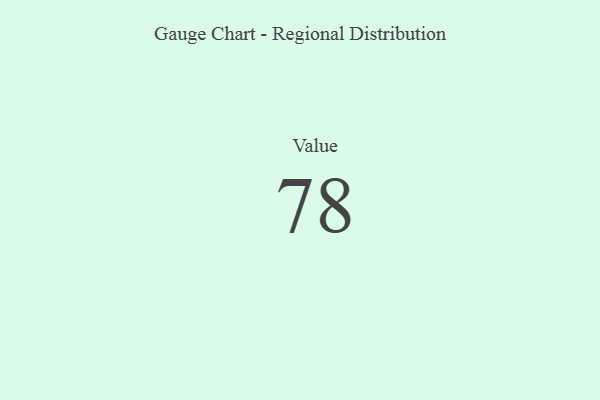
{"axis": {"x": "Metric", "y": "Value"}, "legend": [""], "data": [{"x": "Value", "y": 78, "type": ""}]}